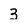
Character: 3